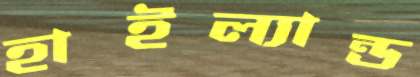
হাইল্যান্ড